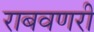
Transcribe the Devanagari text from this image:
राबवणरी